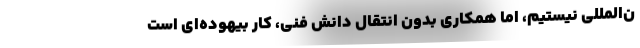
ن‌المللی نیستیم، اما همکاری بدون انتقال دانش فنی، کار بیهوده‌ای است